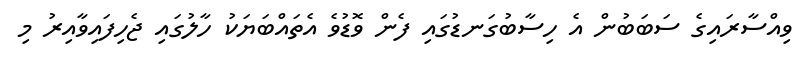
ވިއްސާރައިގެ ސަބަބުން އެ ހިސާބުގަނޑުގައި ފެން ވޮޑުވެ އެތައްބަޔަކު ހާލުގައި ޖެހިފައިވާއިރު މި